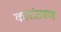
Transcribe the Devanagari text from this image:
कारंजवण